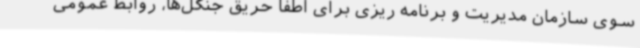
سوی سازمان مدیریت و برنامه ریزی برای اطفا حریق جنگل‌ها، روابط عمومی